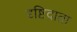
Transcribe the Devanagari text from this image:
दृष्टिदाता